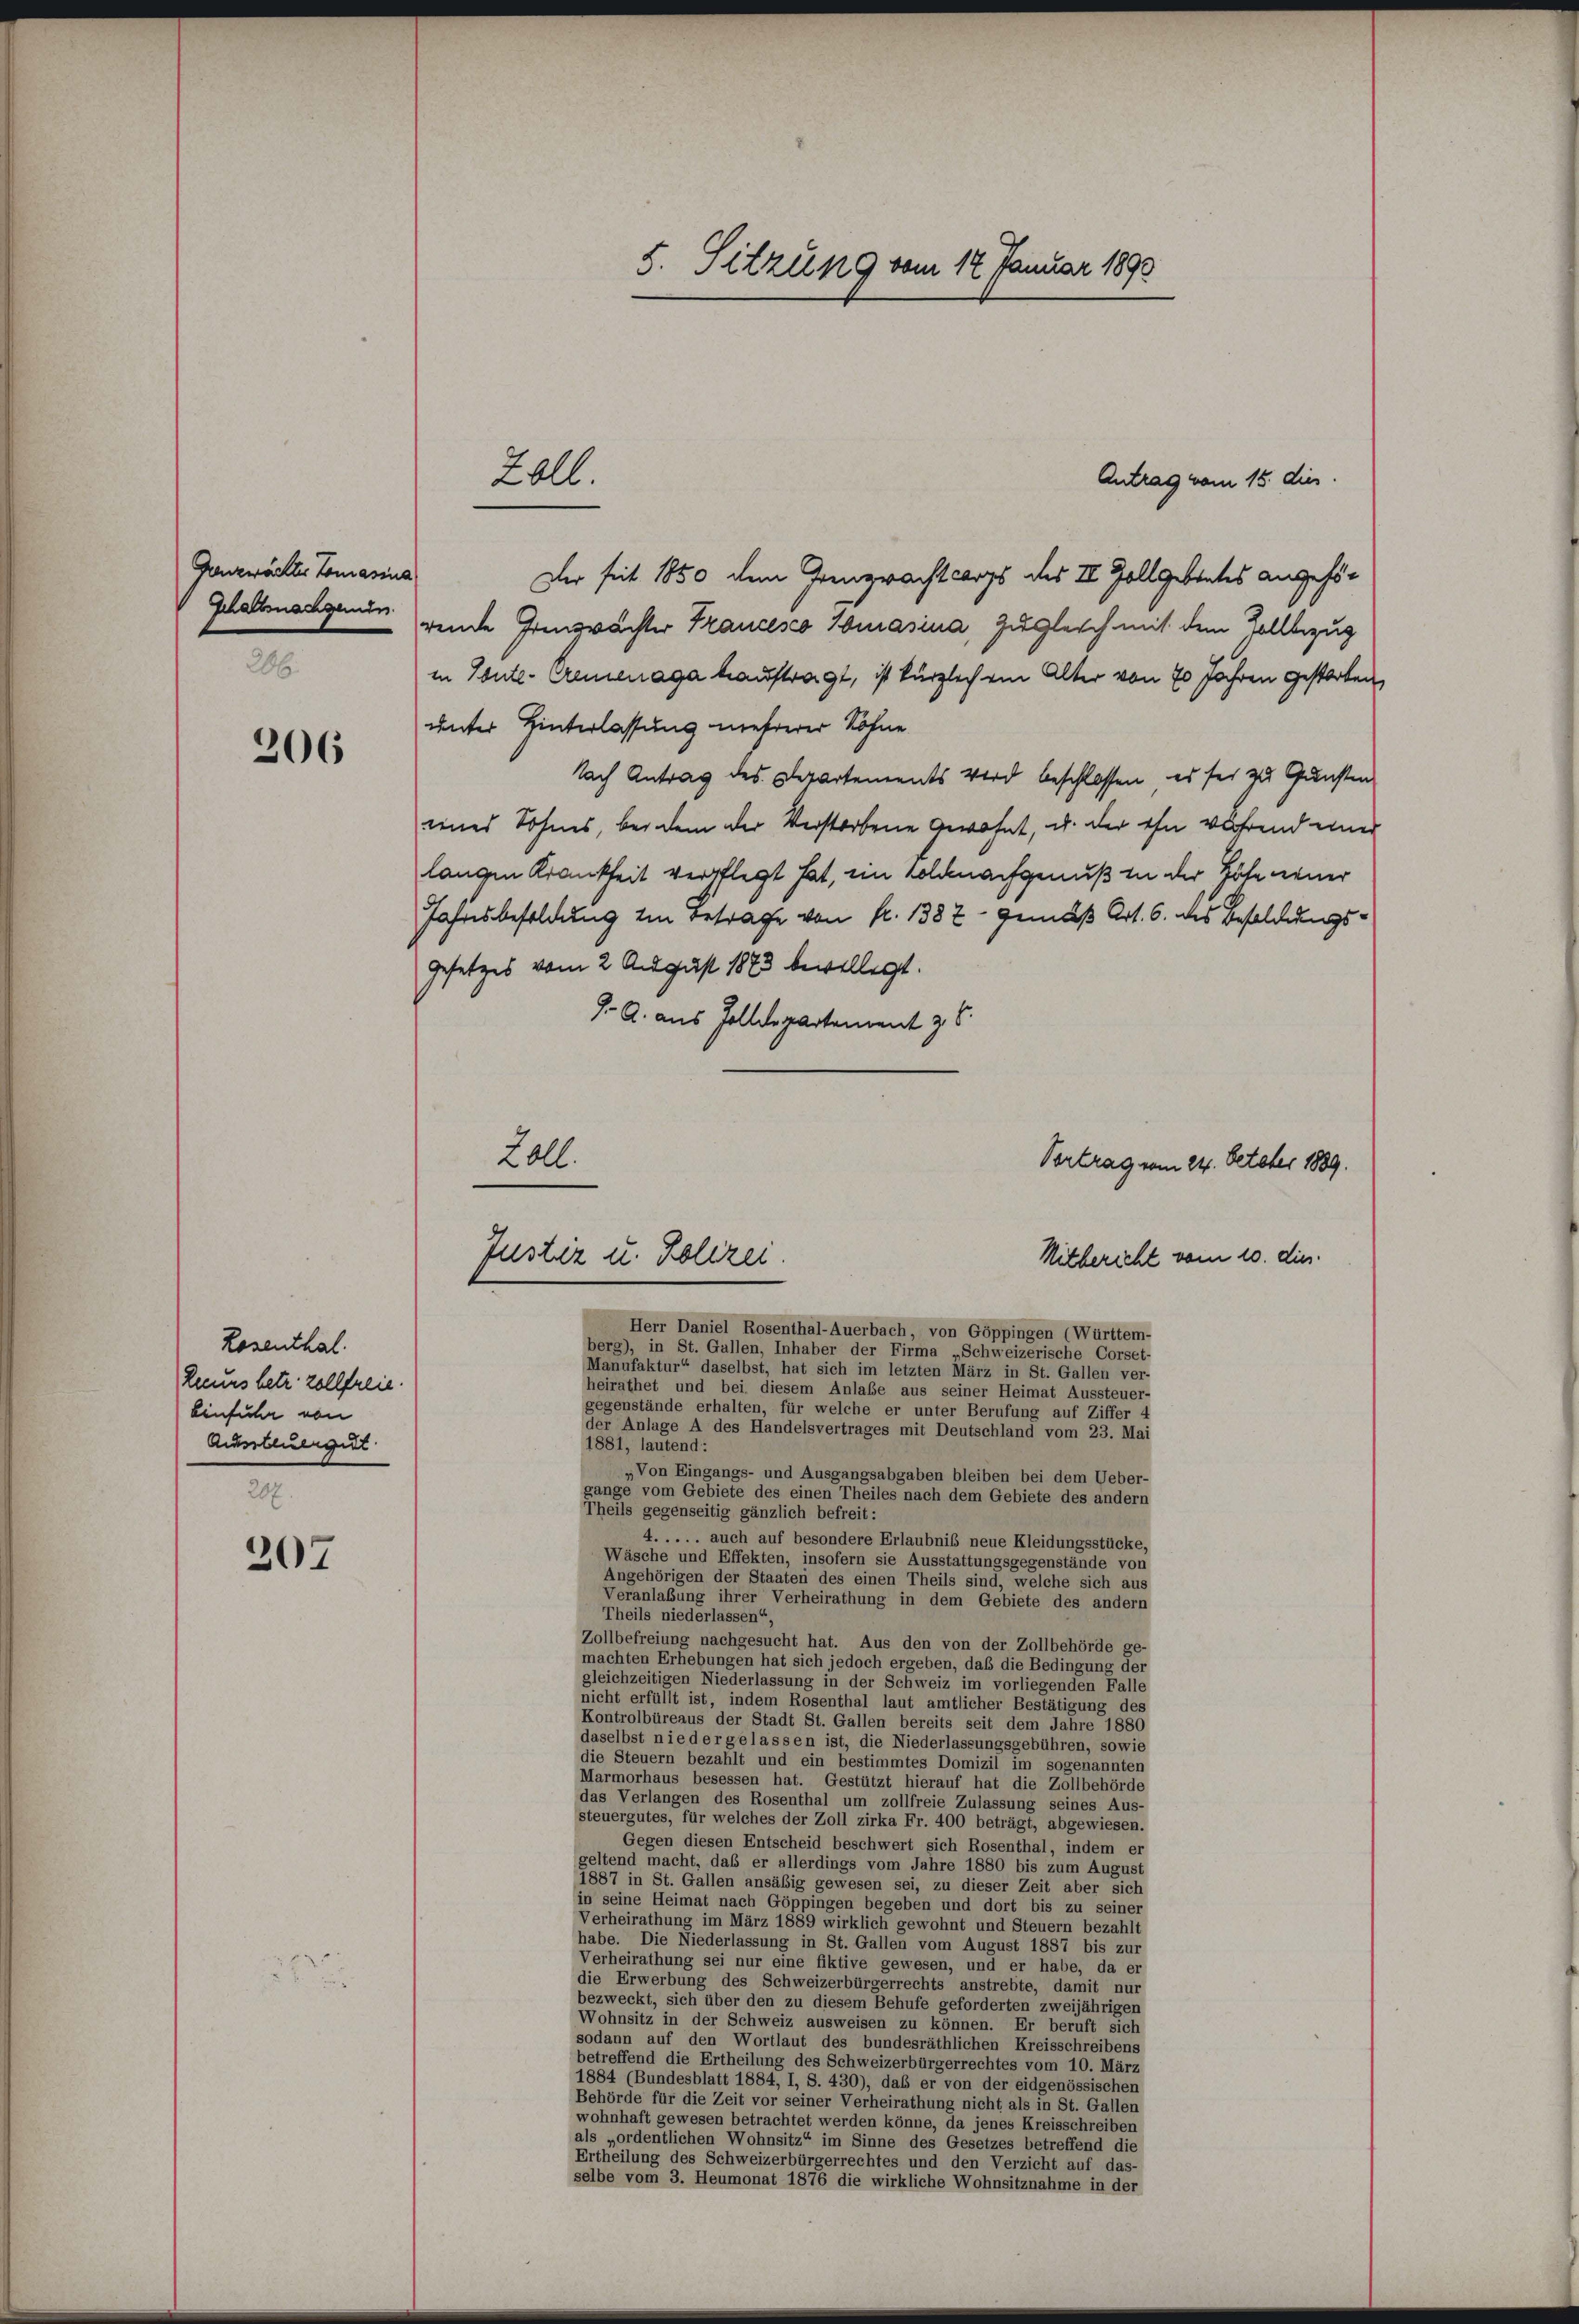
Grenzwachter Tomasius

206

Losenthal.
Zeurs betr. zollfreie.
Einfuhr von
Aussteuergut

207

Antrag vom 15. dies
Der seit 1850 dem Generacht lors des II Vollgebietes angehör
Gehaltenachgende rende Grenzwächter Trancesco Smasina, Zugleich mit dem Vollbezug
in Ponte-Cremenaga hauftragt, ist kürzlich ein Alter von 70 Jahren gestorben,
unter Hinterlassung mehrerer Söhne
Nach Antrag des Departements wird beschlossen, es sei zu Gunsten
eines Sohnes, bei dem der Verstorbene Gewohnt, u. der ihn während einer
langen Krankheit verpflegt hat, ein Soldnachgenuß in der Höhe neuer
Jahresbesoldung im Betrage von fr. 1382 - gemäß Art. 6. des Besoldungs¬
Gesetzes vom 2 August 1873 bewilligt.
J. A. aus Zolldepartement z. B.
Vortrag vom 24. October 1889.
Mitbericht vom 10. dies
Herr Daniel Rosenthal-Auerbach, von Göppingen (Württem-
berg), in St. Gallen, Inhaber der Firma „Schweizerische Corset-
Manufaktur“ daselbst, hat sich im letzten März in St. Gallen ver-
heirathet und bei diesem Anlaße aus seiner Heimat Aussteuer-
gegenstände erhalten, für welche er unter Berufung auf Ziffer 4
der Anlage A des Handelsvertrages mit Deutschland vom 23. Mai
1881, lautend:
„Von Eingangs- und Ausgangsabgaben bleiben bei dem Ueber-
gange vom Gebiete des einen Theiles nach dem Gebiete des andern
Theils gegenseitig gänzlich befreit:
4. . . . . auch auf besondere Erlaubnis neue Kleidungsstücke,
Wäsche und Effekten, insofern sie Ausstattungsgegenstände von
Angehörigen der Staaten des einen Theils sind, welche sich aus
Veranlaßung ihrer Verheirathung in dem Gebiete des andern
Theils niederlassen“
Zollbefreiung nachgesucht hat. Aus den von der Zollbehörde ge-
machten Erhebungen hat sich jedoch ergeben, daß die Bedingung der
gleichzeitigen Niederlassung in der Schweiz im vorliegenden Falle
nicht erfüllt ist, indem Rosenthal laut amtlicher Bestätigung des
Kontrolbüreaus der Stadt St. Gallen bereits seit dem Jahre 1880
daselbst niedergelassen ist, die Niederlassungsgebühren, sowie
die Steuern bezahlt und ein bestimmtes Domizil im sogenannten
Marmorhaus besessen hat. Gestützt hierauf hat die Zollbehörde
das Verlangen des Rosenthal um zollfreie Zulassung seines Aus-
steuergutes, für welches der Zoll zirka Fr. 400 beträgt, abgewiesen.
Gegen diesen Entscheid beschwert sich Rosenthal, indem er
geltend macht, daß er allerdings vom Jahre 1880 bis zum August
1887 in St. Gallen ansäbig gewesen sei, zu dieser Zeit aber sich
in seine Heimat nach Göppingen begeben und dort bis zu seiner
Verheirathung im März 1889 wirklich gewohnt und Steuern bezahlt
habe. Die Niederlassung in St. Gallen vom August 1887 bis zur
Verheirathung sei nur eine fiktive gewesen, und er habe, da er
die Erwerbung des Schweizerbürgerrechts anstrebte, damit nur
bezweckt, sich über den zu diesem Behufe geforderten zweijährigen
Wohnsitz in der Schweiz ausweisen zu können. Er beruft sich
sodann auf den Wortlaut des bundesräthlichen Kreisschreibens
betreffend die Ertheilung des Schweizerbürgerrechtes vom 10. März
1884 (Bundesblatt 1884, I, S. 430), das er von der eidgenössischen
Behörde für die Zeit vor seiner Verheirathung nicht als in St. Gallen
wohnhaft gewesen betrachtet werden könne, da jenes Kreisschreiben
als „ordentlichen Wohnsitz“ im Sinne des Gesetzes betreffend die
Ertheilung des Schweizerbürgerrechtes und den Verzicht auf das-
selbe vom 3. Heumonat 1876 die wirkliche Wohnsitznahme in der

Lall.

S. Mitzl 19 vom 12 Januar 1890

Loll.
Justiz u. Polizei.